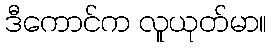
ဒီကောင်က လူယုတ်မာ။